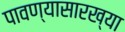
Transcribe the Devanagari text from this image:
पावण्यासारख्या